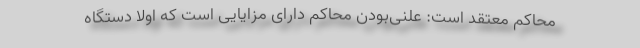
محاکم معتقد است: علنی‌بودن محاکم دارای مزایایی است که اولا دستگاه